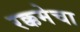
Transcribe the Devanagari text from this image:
रक्कमेचा